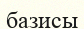
базисы